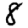
Digit: 8